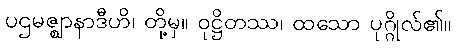
ပဌမဇ္ဈာနာဒီဟိ၊ တို့မှ။ ဝုဋ္ဌိတဿ၊ ထသော ပုဂ္ဂိုလ်၏။